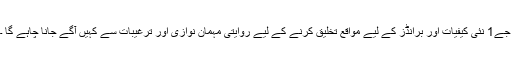
جے1 نئی کیفیات اور برانڈز کے لیے مواقع تخلیق کرنے کے لیے روایتی مہمان نوازی اور ترغیبات سے کہیں آگے جانا چاہے گا ۔